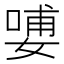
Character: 𰌑